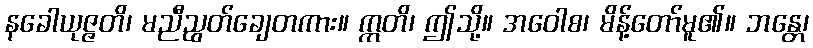
နခေါယုဇ္ဇတိ၊ မညီညွတ်ချေတကား။ ဣတိ၊ ဤသို့။ အဝေါစ၊ မိန့်တော်မူ၏။ ဘန္တေ၊